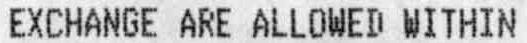
EXCHANGE ARE ALLOWED WITHIN